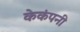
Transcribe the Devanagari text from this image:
केकंपनी